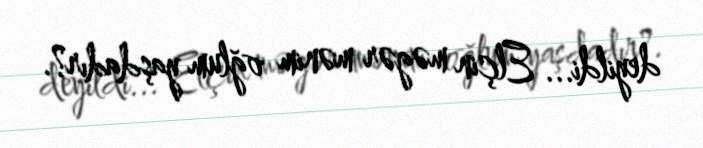
deyildi... Elçin məgər mənim oğlum yaşdadır?.